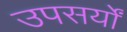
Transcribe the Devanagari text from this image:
उपसर्यों